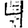
Digit: 4